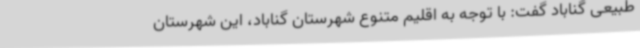
طبیعی گناباد گفت: با توجه به اقلیم متنوع شهرستان گناباد، این شهرستان